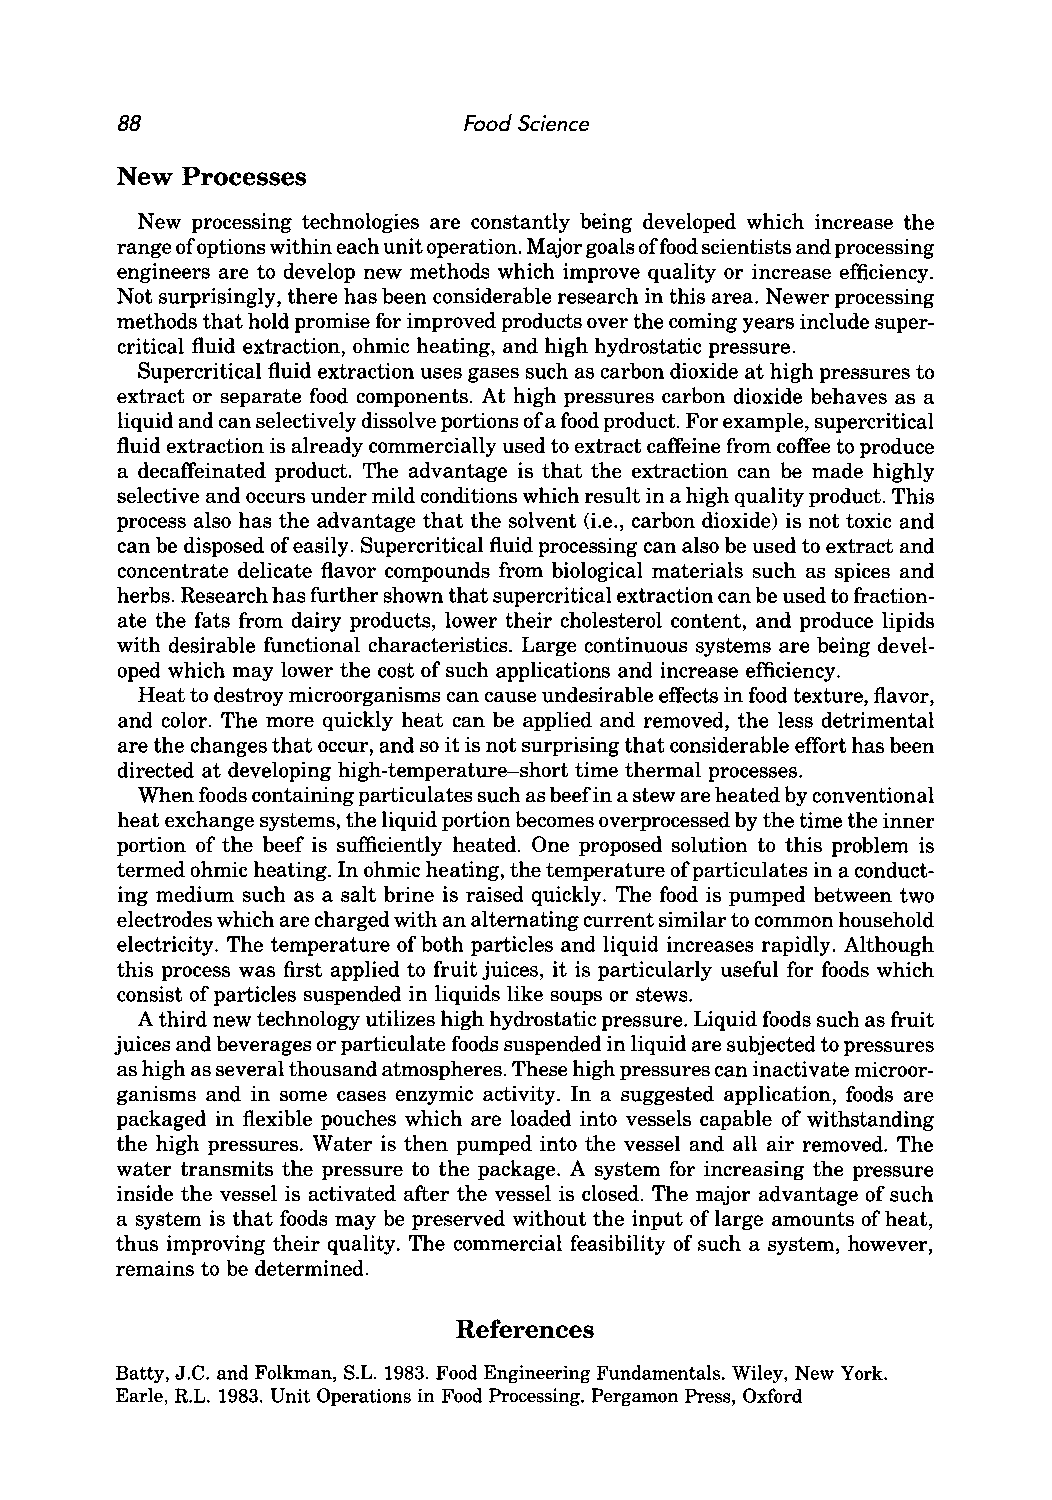
88                     Food Science
 New Processes
 New processing technologies are constantly being developed which increase the
 range of options within each unit operation. Major goals offood scientists and processing
 engineers are to develop new methods which improve quality or increase efficiency.
 Not surprisingly, there has been considerable research in this area. Newer processing
 methods that hold promise for improved products over the coming years include super
 critical fluid extraction, ohmic heating, and high hydrostatic pressure.
 Supercritical fluid extraction uses gases such as carbon dioxide at high pressures to
 extract or separate food components. At high pressures carbon dioxide behaves as a
 liquid and can selectively dissolve portions of a food product. For example, supercritical
 fluid extraction is already commercially used to extract caffeine from coffee to produce
 a decaffeinated product. The advantage is that the extraction can be made highly
 selective and occurs under mild conditions which result in a high quality product. This
 process also has the advantage that the solvent (Le., carbon dioxide) is not toxic and
 can be disposed of easily. Supercritical fluid processing can also be used to extract and
 concentrate delicate flavor compounds from biological materials such as spices and
 herbs. Research has further shown that supercritical extraction can be used to fraction
 ate the fats from dairy products, lower their cholesterol content, and produce lipids
 with desirable functional characteristics. Large continuous systems are being devel
 oped which may lower the cost of such applications and increase efficiency.
 Heat to destroy microorganisms can cause undesirable effects in food texture, flavor,
 and color. The more quickly heat can be applied and removed, the less detrimental
 are the changes that occur, and so it is not surprising that considerable effort has been
 directed at developing high-temperature-short time thermal processes.
 When foods containing particulates such as beefin a stew are heated by conventional
 heat exchange systems, the liquid portion becomes overprocessed by the time the inner
 portion of the beef is sufficiently heated. One proposed solution to this problem is
 termed ohmic heating. In ohmic heating, the temperature of particulates in a conduct
 ing medium such as a salt brine is raised quickly. The food is pumped between two
 electrodes which are charged with an alternating current similar to common household
 electricity. The temperature of both particles and liquid increases rapidly. Although
 this process was first applied to fruit juices, it is particularly useful for foods which
 consist of particles suspended in liquids like soups or stews.
 A third new technology utilizes high hydrostatic pressure. Liquid foods such as fruit
 juices and beverages or particulate foods suspended in liquid are subjected to pressures
 as high as several thousand atmospheres. These high pressures can inactivate microor
 ganisms and in some cases enzymic activity. In a suggested application, foods are
 packaged in flexible pouches which are loaded into vessels capable of withstanding
 the high pressures. Water is then pumped into the vessel and all air removed. The
 water transmits the pressure to the package. A system for increasing the pressure
 inside the vessel is activated after the vessel is closed. The major advantage of such
 a system is that foods may be preserved without the input of large amounts of heat,
 thus improving their quality. The commercial feasibility of such a system, however,
 remains to be determined.
 References
 Batty, J.e. and Folkman, S.L. 1983. Food Engineering Fundamentals. Wiley, New York.
 Earle, R.L. 1983. Unit Operations in Food Processing. Pergamon Press, Oxford